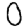
Digit: 0